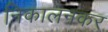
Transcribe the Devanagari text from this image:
निकालनकर